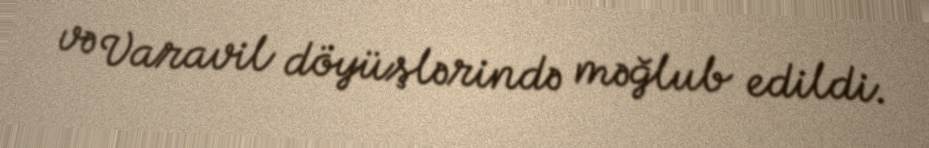
və Varavil döyüşlərində məğlub edildi.